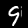
Digit: 9